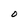
Character: O